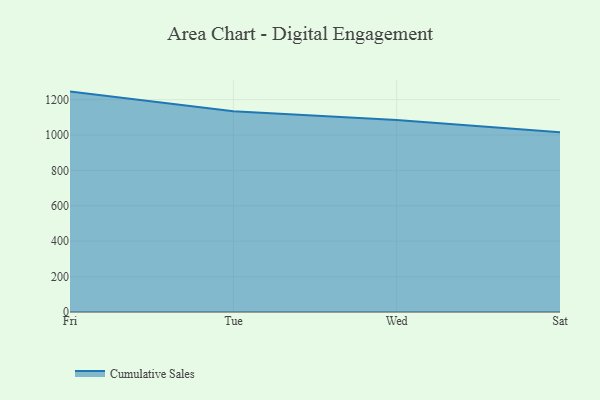
{"axis": {"x": "Day", "y": "Latency (ms)"}, "legend": ["Cumulative Sales"], "data": [{"x": "Fri", "y": 1245.4, "type": "Cumulative Sales"}, {"x": "Tue", "y": 1134.8, "type": "Cumulative Sales"}, {"x": "Wed", "y": 1084.8, "type": "Cumulative Sales"}, {"x": "Sat", "y": 1015.8, "type": "Cumulative Sales"}]}